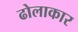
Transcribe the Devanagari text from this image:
ढोलाकार